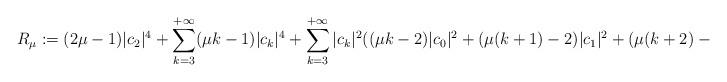
LaTeX: \begin{align*}R_\mu :=(2\mu -1)|c_2|^4+\sum_{k=3}^{+\infty} (\mu k-1)|c_k|^4+\sum_{k=3}^{+\infty} |c_k|^2((\mu k-2)|c_0|^2+(\mu (k+1)-2)|c_1|^2+(\mu (k+2)-2)|c_2|^2)\ .\end{align*}